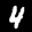
Label: 4